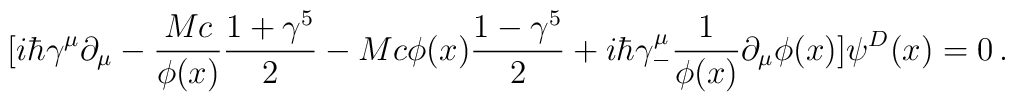
[ i\hbar\gamma^\mu \partial_\mu - {Mc\over \phi(x)} {1+\gamma^5 \over 2}-Mc\phi(x) {1-\gamma^5 \over 2} + i\hbar \gamma^\mu_- {1\over \phi(x)}\partial_\mu \phi(x) ] \psi^D (x) = 0\,.